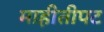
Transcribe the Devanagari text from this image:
माहीतीपट